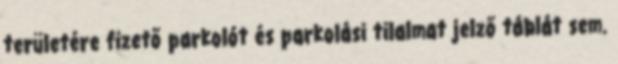
területére fizető parkolót és parkolási tilalmat jelző táblát sem.